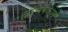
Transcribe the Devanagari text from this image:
ह्यभिषेकेण